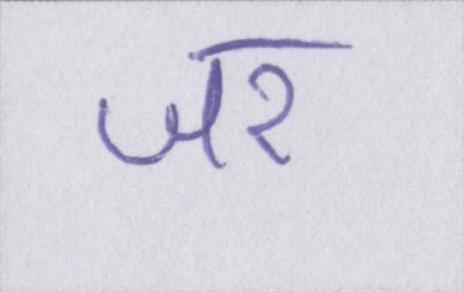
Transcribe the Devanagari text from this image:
जर